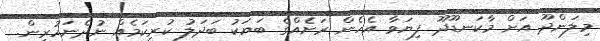
މިލަންދޫ އަށް މާކަނޑޫދޫ ފިޔަވާ އެހެން ރަށެއްގެ ބަޔަކު ބަދަލު ކުރިކަމެއް ނުދެނަހުރިން.